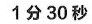
1分30秒